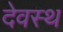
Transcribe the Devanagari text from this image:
देवस्थ